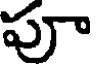
పూ